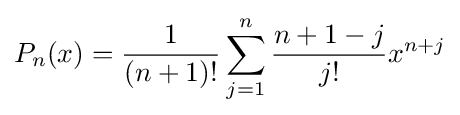
P_{n}(x)={\frac {1}{(n+1)!}}\sum _{j=1}^{n}{\frac {n+1-j}{j!}}x^{n+j}